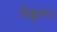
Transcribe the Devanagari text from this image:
त्रिशूल२